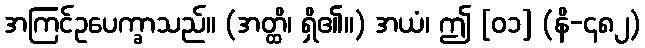
အကြင်ဥပေက္ခာသည်။ (အတ္ထိ၊ ရှိ၏။) အယံ၊ ဤ [၀၁] (နိ-၄၈၂)